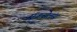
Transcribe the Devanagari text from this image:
एकसेलंस